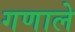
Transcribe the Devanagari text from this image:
गणाले